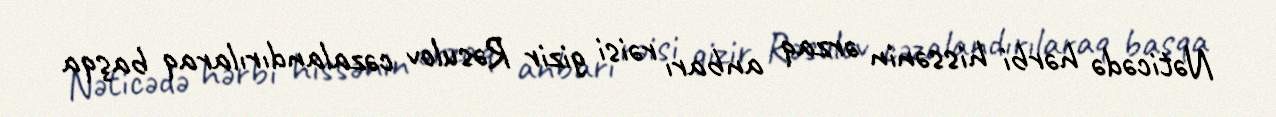
Nəticədə hərbi hissənin ərzaq anbarı rəisi gizir Rəsulov cəzalandırılaraq başqa